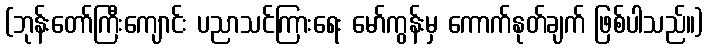
(ဘုန်းတော်ကြီးကျောင်း ပညာသင်ကြားရေး မော်ကွန်းမှ ကောက်နုတ်ချက် ဖြစ်ပါသည်။)